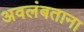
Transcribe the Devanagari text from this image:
अवलंबताना